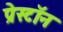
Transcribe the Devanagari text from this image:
प्रेस्टॉन